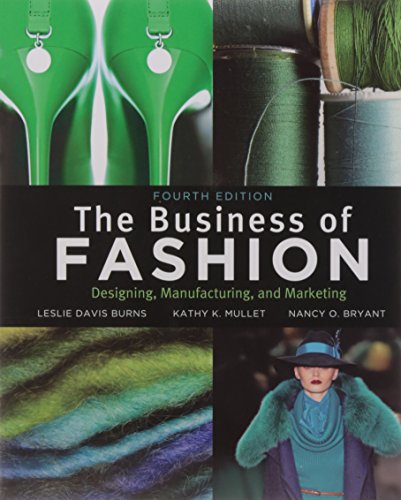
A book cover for The Business of Fashion: Designing, Manufacturing and Marketing; Leslie Davis Burns; Business & Money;